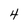
Character: 4